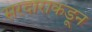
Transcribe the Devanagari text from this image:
सरदाराकडून